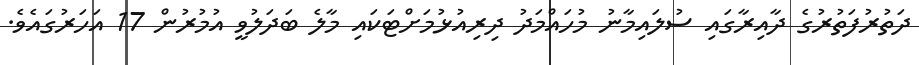
ދަތުރުފަތުރުގެ ދާއިރާގައި ސުލައިމާނު މުހައްމަދު ދިރިއުޅުމަށްޓަކައި މާލެ ބަދަލުވީ އުމުރުން 17 އަހަރުގައެވެ.